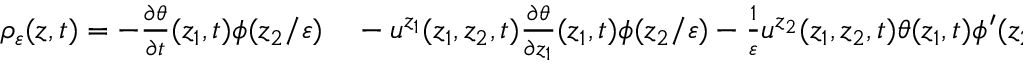
\begin{array} { r l } { \rho _ { \varepsilon } ( z , t ) = - \frac { \partial \theta } { \partial t } ( z _ { 1 } , t ) \phi ( z _ { 2 } / \varepsilon ) } & { { } - u ^ { z _ { 1 } } ( z _ { 1 } , z _ { 2 } , t ) \frac { \partial \theta } { \partial z _ { 1 } } ( z _ { 1 } , t ) \phi ( z _ { 2 } / \varepsilon ) - \frac { 1 } { \varepsilon } u ^ { z _ { 2 } } ( z _ { 1 } , z _ { 2 } , t ) \theta ( z _ { 1 } , t ) \phi ^ { \prime } ( z _ { 2 } / \varepsilon ) } \end{array}